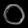
Digit: ၀